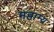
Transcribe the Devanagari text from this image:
महाम्य